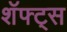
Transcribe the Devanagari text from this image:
शॅफ्ट्स